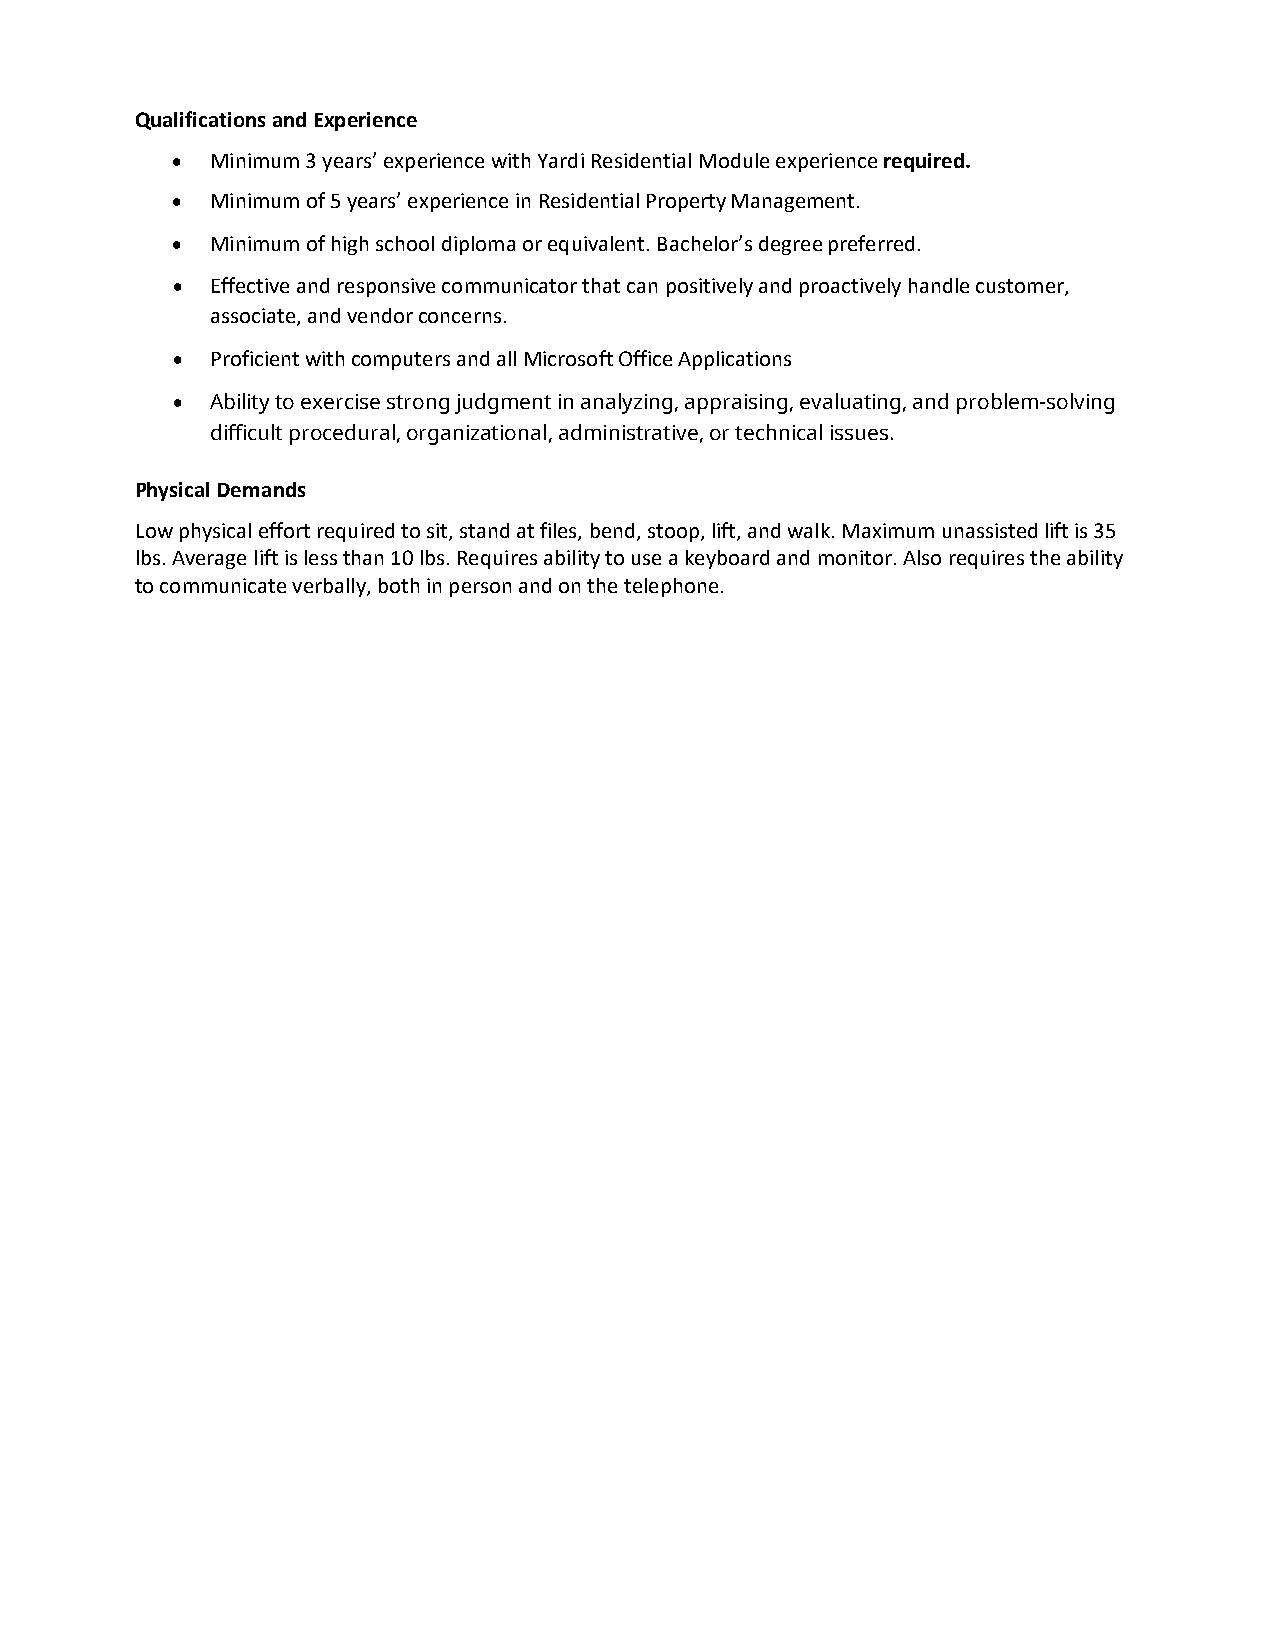
Qualifications and Experience
 •  Minimum 3 years’ experience with Yardi Residential Module experience required.
 •  Minimum of 5 years’ experience in Residential Property Management.
 •  Minimum of high school diploma or equivalent. Bachelor’s degree preferred.
 •  Effective and responsive communicator that can positively and proactively handle customer,
 associate, and vendor concerns.
 •  Proficient with computers and all Microsoft Office Applications
 •  Ability to exercise strong judgment in analyzing, appraising, evaluating, and problem-solving
 difficult procedural, organizational, administrative, or technical issues.
 Physical Demands
 Low physical effort required to sit, stand at files, bend, stoop, lift, and walk. Maximum unassisted lift is 35
 lbs. Average lift is less than 10 lbs. Requires ability to use a keyboard and monitor. Also requires the ability
 to communicate verbally, both in person and on the telephone.